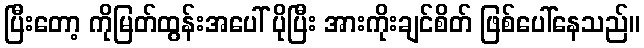
ပြီးတော့ ကိုမြတ်ထွန်းအပေါ် ပိုပြီး အားကိုးချင်စိတ် ဖြစ်ပေါ်နေသည်။